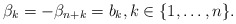
\begin{align*} \beta_k = -\beta_{n+k} = b_k, k \in \{1,\ldots,n\}.\end{align*}